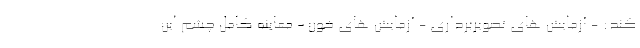
کند: - آزمایش های تصویربرداری - آزمایش های خون - معاینه کامل چشم این